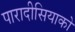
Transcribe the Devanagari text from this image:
पारादीसियाको